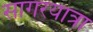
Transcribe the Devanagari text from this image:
सागरयात्रा